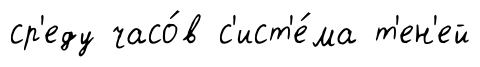
ср'еду часо́в с'ист'е́ма т'ен'ей